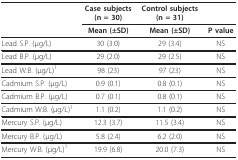
|  | Case subjects (n = 30) | Control subjects (n = 31) |  |
 |  | Mean (±SD) | Mean (±SD) | P value |
 | --- | --- | --- | --- |
 | Lead S.P. (μg/L) | 30 (3.0) | 29 (3.4) | NS |
 | Lead B.P. (μg/L) | 29 (2.0) | 29 (2.5) | NS |
 | Lead W.B. (μg/L)1 | 98 (23) | 97 (23) | NS |
 | Cadmium S.P. (μg/L) | 0.9 (0.1) | 0.8 (0.1) | NS |
 | Cadmium B.P. (μg/L) | 0.7 (0.1) | 0.8 (0.1) | NS |
 | Cadmium W.B. (μg/L)1 | 1.1 (0.2) | 1.1 (0.2) | NS |
 | Mercury S.P. (μg/L) | 12.3 (3.7) | 11.5 (3.4) | NS |
 | Mercury B.P. (μg/L) | 5.8 (2.4) | 6.2 (2.0) | NS |
 | Mercury W.B. (μg/L)1 | 19.9 (6.8) | 20.0 (7.3) | NS |